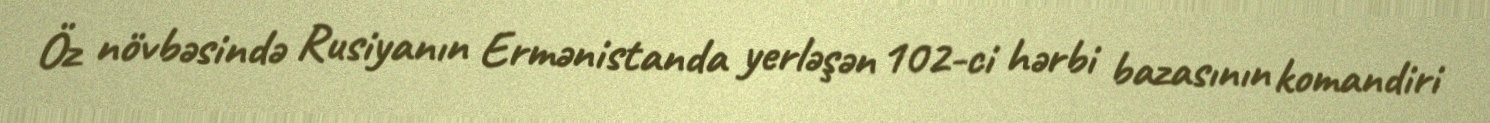
Öz növbəsində Rusiyanın Ermənistanda yerləşən 102-ci hərbi bazasının komandiri